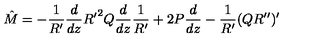
{ \hat { M } } = - \frac { 1 } { R ^ { \prime } } \frac { d } { d z } { R ^ { \prime } } ^ { 2 } Q \frac { d } { d z } \frac { 1 } { R ^ { \prime } } + 2 P \frac { d } { d z } - \frac { 1 } { R ^ { \prime } } ( Q R ^ { \prime \prime } ) ^ { \prime }